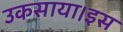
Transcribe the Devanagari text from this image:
उकसाया।इस